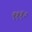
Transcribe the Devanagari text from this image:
९११०